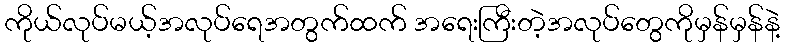
ကိုယ်လုပ်မယ့်အလုပ်ရေအတွက်ထက် အရေးကြီးတဲ့အလုပ်တွေကိုမှန်မှန်နဲ့